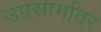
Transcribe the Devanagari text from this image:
उपसार्गावर